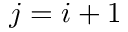
j = i + 1